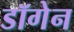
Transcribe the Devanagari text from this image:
डॉगेन